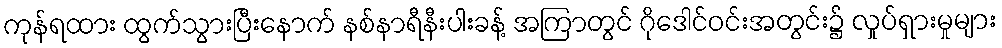
ကုန်ရထား ထွက်သွားပြီးနောက် နစ်နာရီနီးပါးခန့် အကြာတွင် ဂိုဒေါင်ဝင်းအတွင်း၌ လှုပ်ရှားမှုများ